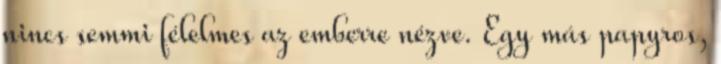
nincs semmi félelmes az emberre nézve. Egy más papyros,